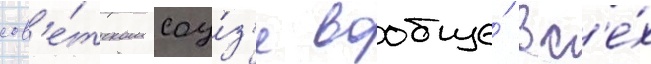
сов'е́тском соу́з'е вообще́ вс'е́х